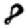
Digit: 8